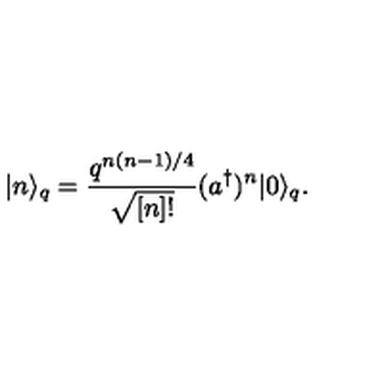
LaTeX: | n \rangle _ { q } = \frac { q ^ { n ( n - 1 ) / 4 } } { \sqrt { [ n ] ! } } ( a ^ { \dagger } ) ^ { n } | 0 \rangle _ { q } .